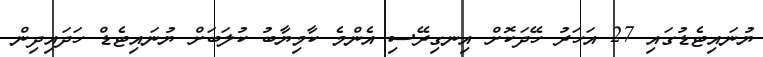
ޔުނައިޓެޑުގައި 27 އަހަރު ހޭދަކޮށް އިނގިރޭސި އެންމެ ކާމިޔާބު ކުލަބަށް ޔުނައިޓެޑް ހަދައިދިން